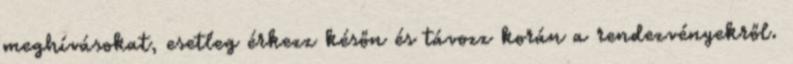
meghívásokat, esetleg érkezz későn és távozz korán a rendezvényekről.